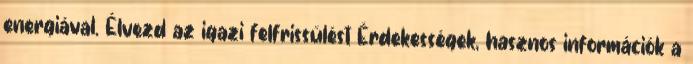
energiával. Élvezd az igazi felfrissülést Érdekességek, hasznos információk a